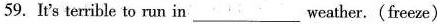
59. It's terrible to run in___weather. (freeze)